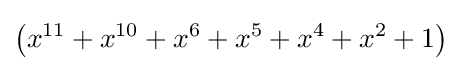
\left(x^{11}+x^{10}+x^{6}+x^{5}+x^{4}+x^{2}+1\right)